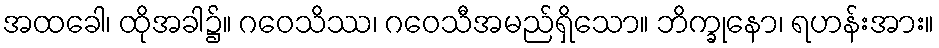
အထခေါ၊ ထိုအခါ၌။ ဂဝေသိဿ၊ ဂဝေသီအမည်ရှိသော။ ဘိက္ခုနော၊ ရဟန်းအား။